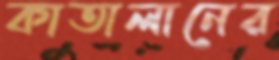
কাতালানের